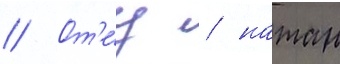
// От'е́ц / натан